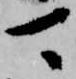
可